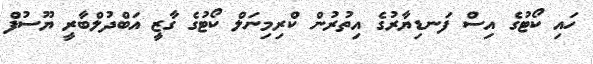
ހައި ކޯޓުގެ އިސް ފަނޑިޔާރުގެ އިތުރުން ކްރިމިނަލް ކޯޓުގެ ގާޒީ އަބްދުލްބާރީ ޔޫސުފް